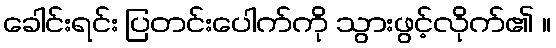
ခေါင်းရင်း ပြတင်းပေါက်ကို သွားဖွင့်လိုက်၏ ။